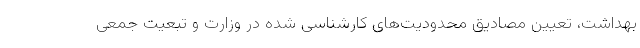
بهداشت، تعیین مصادیق محدودیت‌های کارشناسی شده در وزارت و تبعیت جمعی